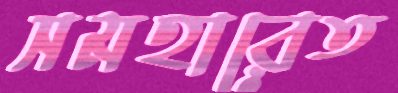
সমহারেত